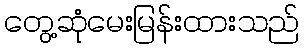
တွေ့ဆုံမေးမြန်းထားသည်